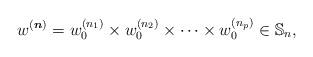
LaTeX: \begin{align*} w^{({\boldsymbol{n}})}= w_{0}^{(n_1)} \times w_{0}^{(n_2)} \times \cdots \times w_{0}^{(n_p)} \in \mathbb{S}_n,\end{align*}